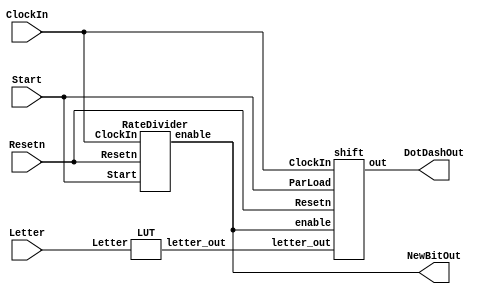
module part3(ClockIn, Resetn, Start, Letter, DotDashOut, NewBitOut);

    input ClockIn, Resetn, Start;
    input [2:0]Letter;
    output DotDashOut, NewBitOut;

    wire [11:0]letter_out;
    wire shift_out;
    assign NewBitOut = shift_out;
    
    LUT l1(Letter, letter_out);
    RateDivider r1(ClockIn, Resetn, Start, shift_out);
    shift s1(ClockIn, Resetn, Start, shift_out, letter_out, DotDashOut);

endmodule

module LUT(Letter, letter_out);
    input [2:0] Letter;
    output reg [11:0] letter_out;

    always @(*)
        case(Letter[2:0])
            3'b000: letter_out = {5'b10111, 7'b0}; //A
            3'b001: letter_out = {9'b111010101, 3'b0}; //B
            3'b010: letter_out = {11'b11101011101, 1'b0}; //C
            3'b011: letter_out = {7'b1110101, 5'b0}; //D
            3'b100: letter_out = {1'b1, 11'b0}; //E
            3'b101: letter_out = {9'b101011101, 3'b0}; //F
            3'b110: letter_out = {9'b111011101, 3'b0}; //G
            3'b111: letter_out = {7'b1010101, 5'b0}; //H
            default: letter_out = 12'b0;
        endcase

endmodule

module RateDivider(ClockIn, Resetn, Start, enable);
    input ClockIn, Resetn, Start;
    output enable;

    reg [7:0] CounterValue;

    always @(posedge ClockIn, negedge Resetn)
        begin
            if(Resetn == 1'b0)
                CounterValue <= 0;
            else if(Start == 1'b1) 
                CounterValue <= 8'b11111001;
            else
                if(CounterValue == 8'b0)
                    CounterValue <= 8'b11111001; 
                else
                    CounterValue <= CounterValue-1;
        end

    assign enable = (CounterValue == 8'b0) ? 1:0;

endmodule

module shift(ClockIn, Resetn, ParLoad, enable, letter_out, out);
    input ClockIn, Resetn, ParLoad, enable;
    input [11:0] letter_out;
    output out;

    reg [11:0] Q;

    always @ (posedge ClockIn, negedge Resetn)
        begin
            if(Resetn == 1'b0)
                Q <= 0;
            else if(ParLoad == 1'b1)
                Q <= letter_out;
            else if(enable == 1'b1)
                Q = Q << 1;
        end

    assign out = Q[11];

endmodule